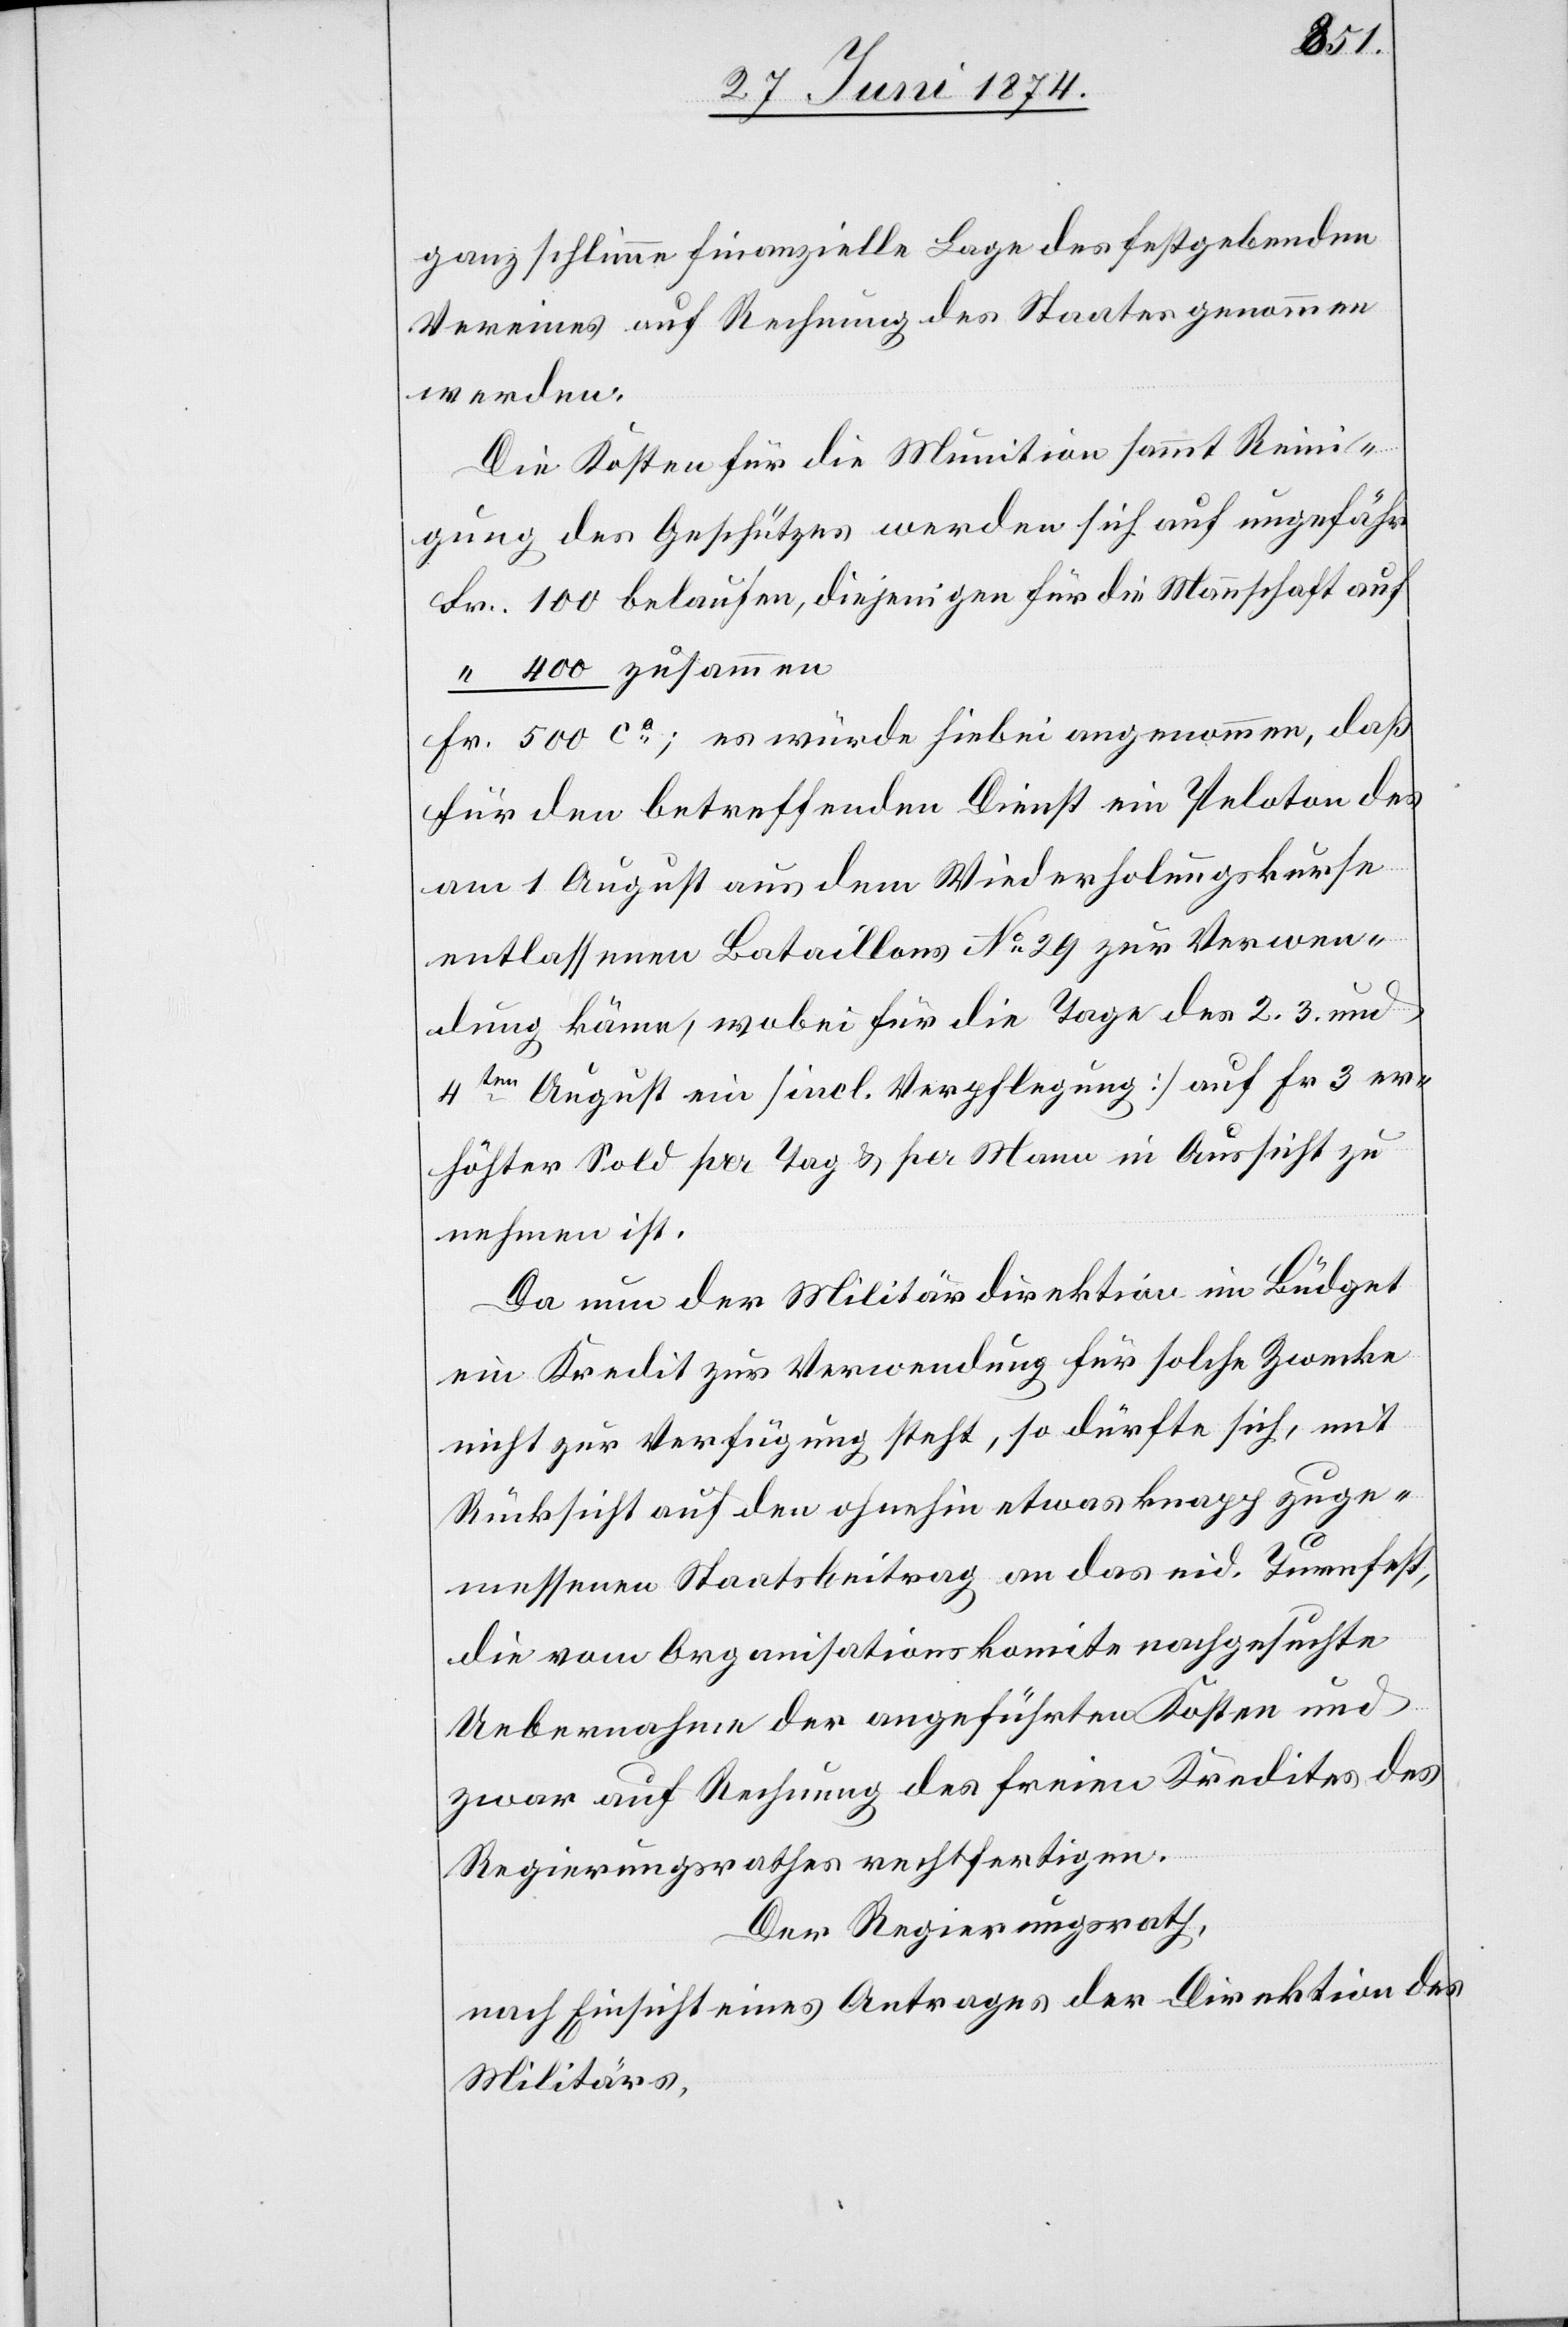
ganz schlimme finanzielle Lage des festgebenden
Vereines auf Rechnung des Staates genommen
werden.
Die Kosten für die Munition sammt Reini¬
gung des Geschützes werden sich auf ungefähr
Fr. 100 belaufen, diejenigen für die Mannschaft auf
“ 400 zusammen
Fr. 500 ca; es würde hiebei angenommen, daß
für den betreffenden Dienst ein Peloton des
am 1. August aus dem Wiederholungskurse
entlassenen Bataillons No 29 zur Verwen¬
dung käme, wobei für die Tage des 2.[,] 3. und
4ten August ein [incl. Verpflegung] auf Fr. 3 er¬
höhter Sold per Tag u. per Mann in Aussicht zu
nehmen ist.
Da nun der Militärdirektion im Büdget
ein Kredit zur Verwendung für solche Zwecke
nicht zur Verfügung steht, so dürfte sich, mit
Rücksicht auf den ohnehin etwas knapp zuge¬
messenen Staatsbeitrag an das eid. Turnfest,
die vom Organisationskomite nachgesuchte
Uebernahme der angeführten Kosten und
zwar auf Rechnung des freien Kredites des
Regierungsrathes rechtfertigen.
Der Regierungsrath,
nach Einsicht eines Antrages der Direktion des
Militärs,